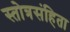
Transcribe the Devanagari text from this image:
स्तोत्रसंहिता